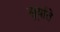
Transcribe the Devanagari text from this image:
सूर्याते